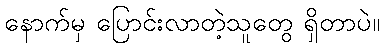
နောက်မှ ပြောင်းလာတဲ့သူတွေ ရှိတာပဲ။